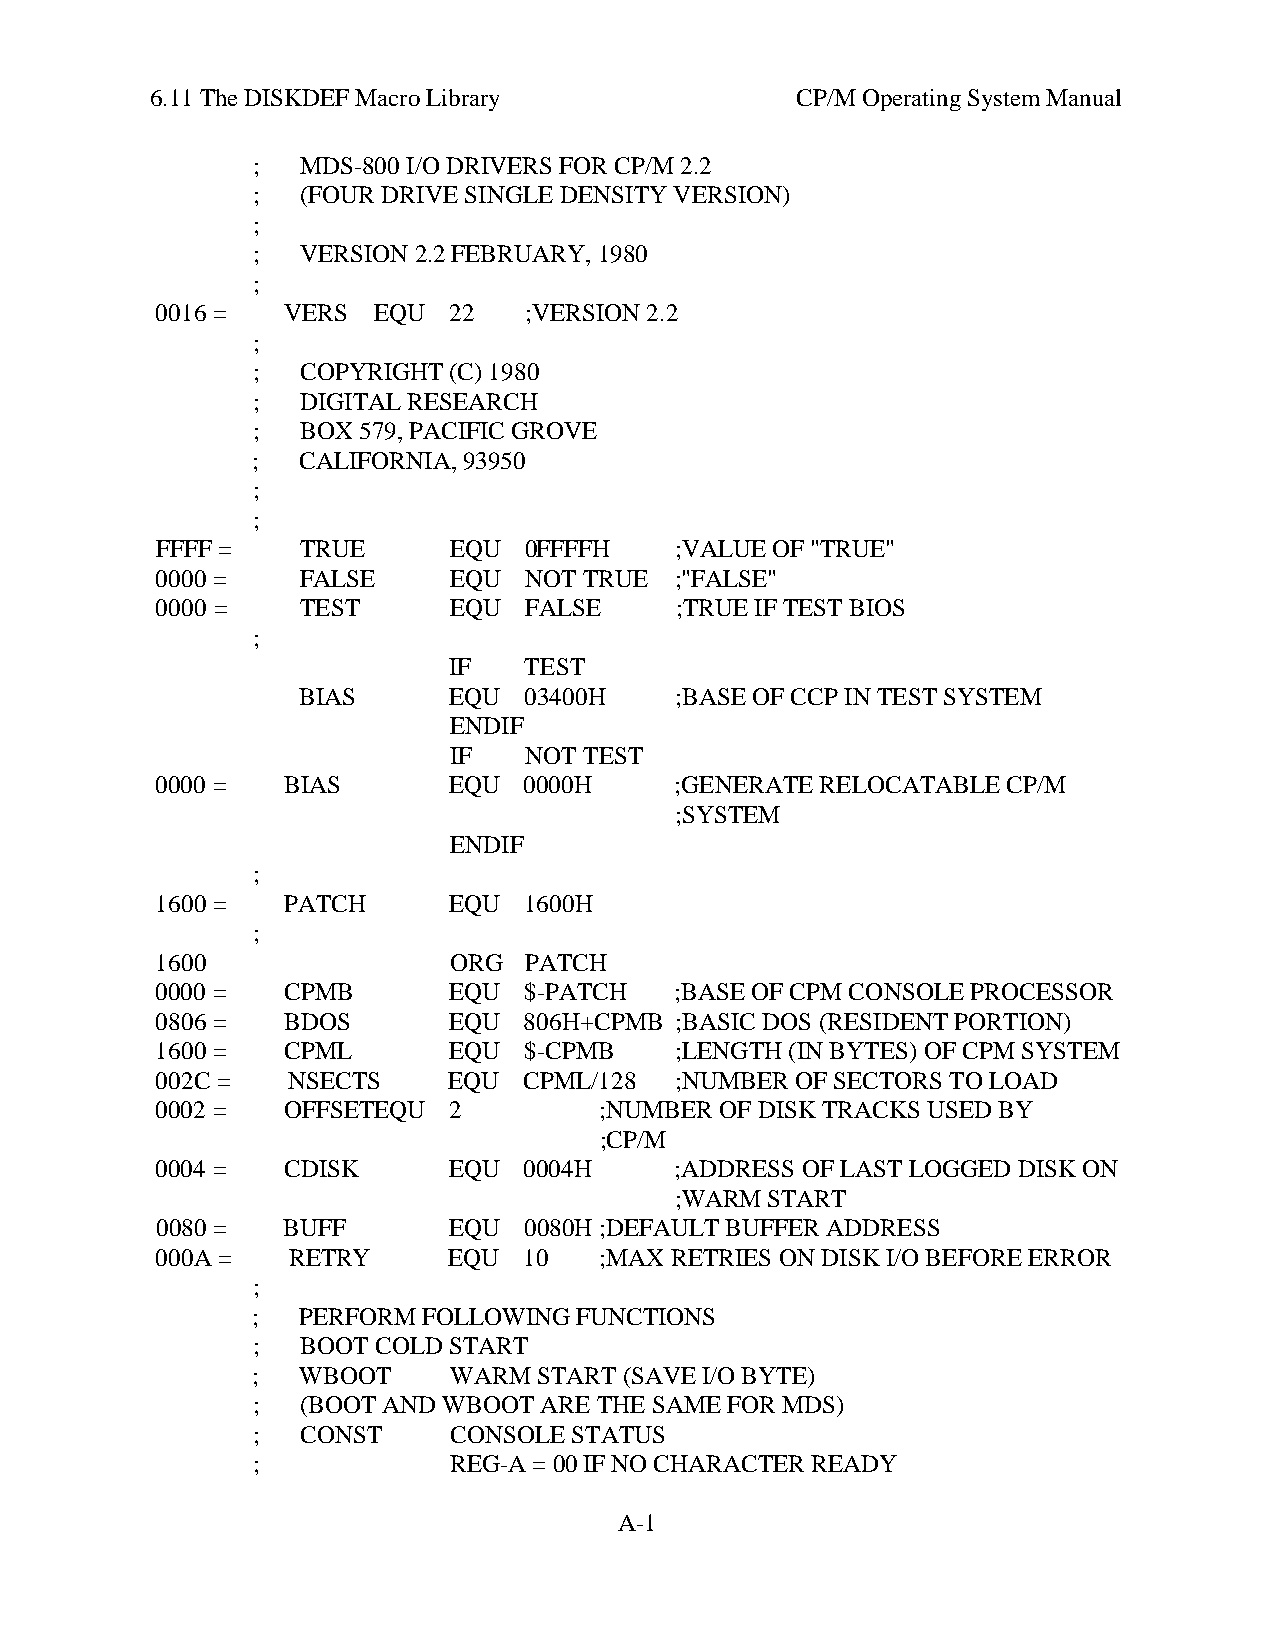
6.11 The DISKDEF Macro Library             CP/M Operating System Manual
 ;  MDS-800 I/O DRIVERS FOR CP/M 2.2
 ;  (FOUR DRIVE SINGLE DENSITY VERSION)
 ;
 ;  VERSION 2.2 FEBRUARY, 1980
 ;
 0016 =   VERS  EQU  22   ;VERSION 2.2
 ;
 ;  COPYRIGHT (C) 1980
 ;  DIGITAL RESEARCH
 ;  BOX 579, PACIFIC GROVE
 ;  CALIFORNIA, 93950
 ;
 ;
 FFFF =    TRUE      EQU  0FFFFH    ;VALUE OF "TRUE"
 0000 =    FALSE     EQU  NOT TRUE  ;"FALSE"
 0000 =    TEST      EQU  FALSE     ;TRUE IF TEST BIOS
 ;
 IF   TEST
 BIAS      EQU  03400H    ;BASE OF CCP IN TEST SYSTEM
 ENDIF
 IF   NOT TEST
 0000 =   BIAS       EQU  0000H     ;GENERATE RELOCATABLE CP/M
 ;SYSTEM
 ENDIF
 ;
 1600 =   PATCH      EQU  1600H
 ;
 1600                ORG  PATCH
 0000 =   CPMB       EQU  $-PATCH   ;BASE OF CPM CONSOLE PROCESSOR
 0806 =   BDOS       EQU  806H+CPMB ;BASIC DOS (RESIDENT PORTION)
 1600 =   CPML       EQU  $-CPMB    ;LENGTH (IN BYTES) OF CPM SYSTEM
 002C =   NSECTS     EQU  CPML/128  ;NUMBER OF SECTORS TO LOAD
 0002 =   OFFSETEQU  2         ;NUMBER OF DISK TRACKS USED BY
 ;CP/M
 0004 =   CDISK      EQU  0004H     ;ADDRESS OF LAST LOGGED DISK ON
 ;WARM START
 0080 =   BUFF       EQU  0080H ;DEFAULT BUFFER ADDRESS
 000A =   RETRY      EQU  10   ;MAX RETRIES ON DISK I/O BEFORE ERROR
 ;
 ;  PERFORM FOLLOWING FUNCTIONS
 ;  BOOT COLD START
 ;  WBOOT     WARM  START (SAVE I/O BYTE)
 ;  (BOOT AND WBOOT ARE THE SAME FOR MDS)
 ;  CONST     CONSOLE STATUS
 ;            REG-A = 00 IF NO CHARACTER READY
 A-1